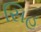
સિહ